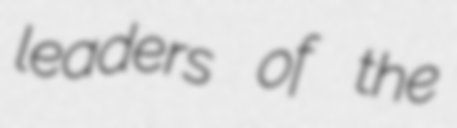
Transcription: leaders of the